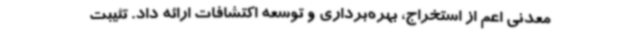
معدنی اعم از استخراج، بهره‌برداری و توسعه اکتشافات ارائه داد. تثیبت